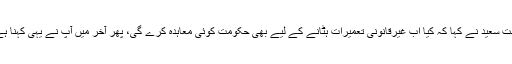
جسٹس شیخ عظمت سعید نے کہا کہ کیا اب غیرقانونی تعمیرات ہٹانے کے لیے بھی حکومت کوئی معاہدہ کرے گی، پھر آخر میں آپ نے یہی کہنا ہے کہ فوج بلادیں۔